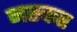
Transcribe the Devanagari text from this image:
नष्टकर